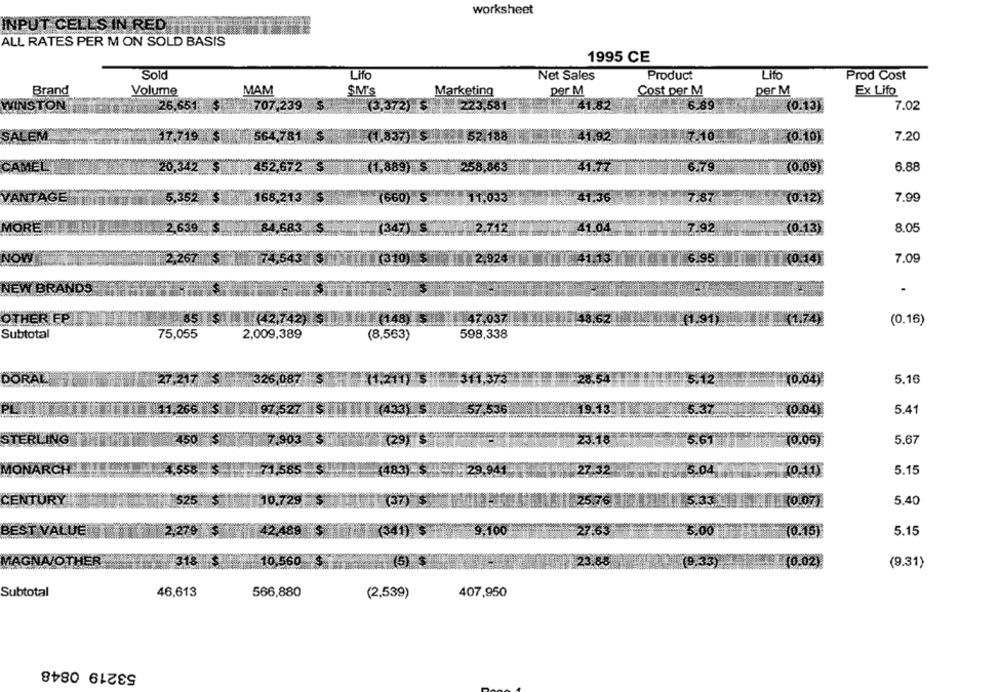
worksheet
INPUT CELLS IN RED
ALL RATES PER M ON SOLD BASIS
1995 CE
Sold
Lifo
Product
Lito
Net Sales
Prod Cost
MAM
per M
Brand
Volume
SM's
Marketing
Cost per M
per M
Ex Lifo
MINSTON
26,651
707,239
(3,372) S
223,581
41.82
6.89
(0.13)
7.02
564,781
52.188
(0.10)
7.20
92
26.37
AMEL
2152.6
1.889
58.863
679
(0.09)
6.88
168,
11,033
11,36
7.87
(0.12)
7.99
2639
84,68
2.712
41.04
192
8.05
(0.13)
(0.14)
7.09
NEW
RA
47.037
OTHER FP
85 $ (42.742)
(148)
(1.74)
(0.16)
Subtotal
75,055
2,009,389
(8,563)
598,338
DORAL
27,217$
326,087
(1,211) $
311,373
312
5.16
(0.04)
(0.04)
5.41
STERLING
450
23.18
5.61
(0.0G)
5.67
MONARCH!
585
5.04
5.15
CENTURY
525
10,72
76
1(0.07)
5.40
BEST VALUE
.100
83
5,00
(0.15)
5.15
.88
MAGNA/OTHER
(9.33)
(0.02)
(9.31)
Subtotal
46,613
566,880
(2,539)
407,950
53219 0848